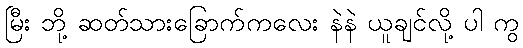
မြီး ဘို့ ဆတ်သားခြောက်ကလေး နဲနဲ ယူချင်လို့ ပါ ကွ